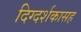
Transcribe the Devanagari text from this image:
दिग्दर्शकासह